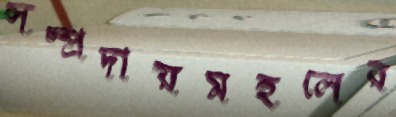
সম্প্রদায়মহলের